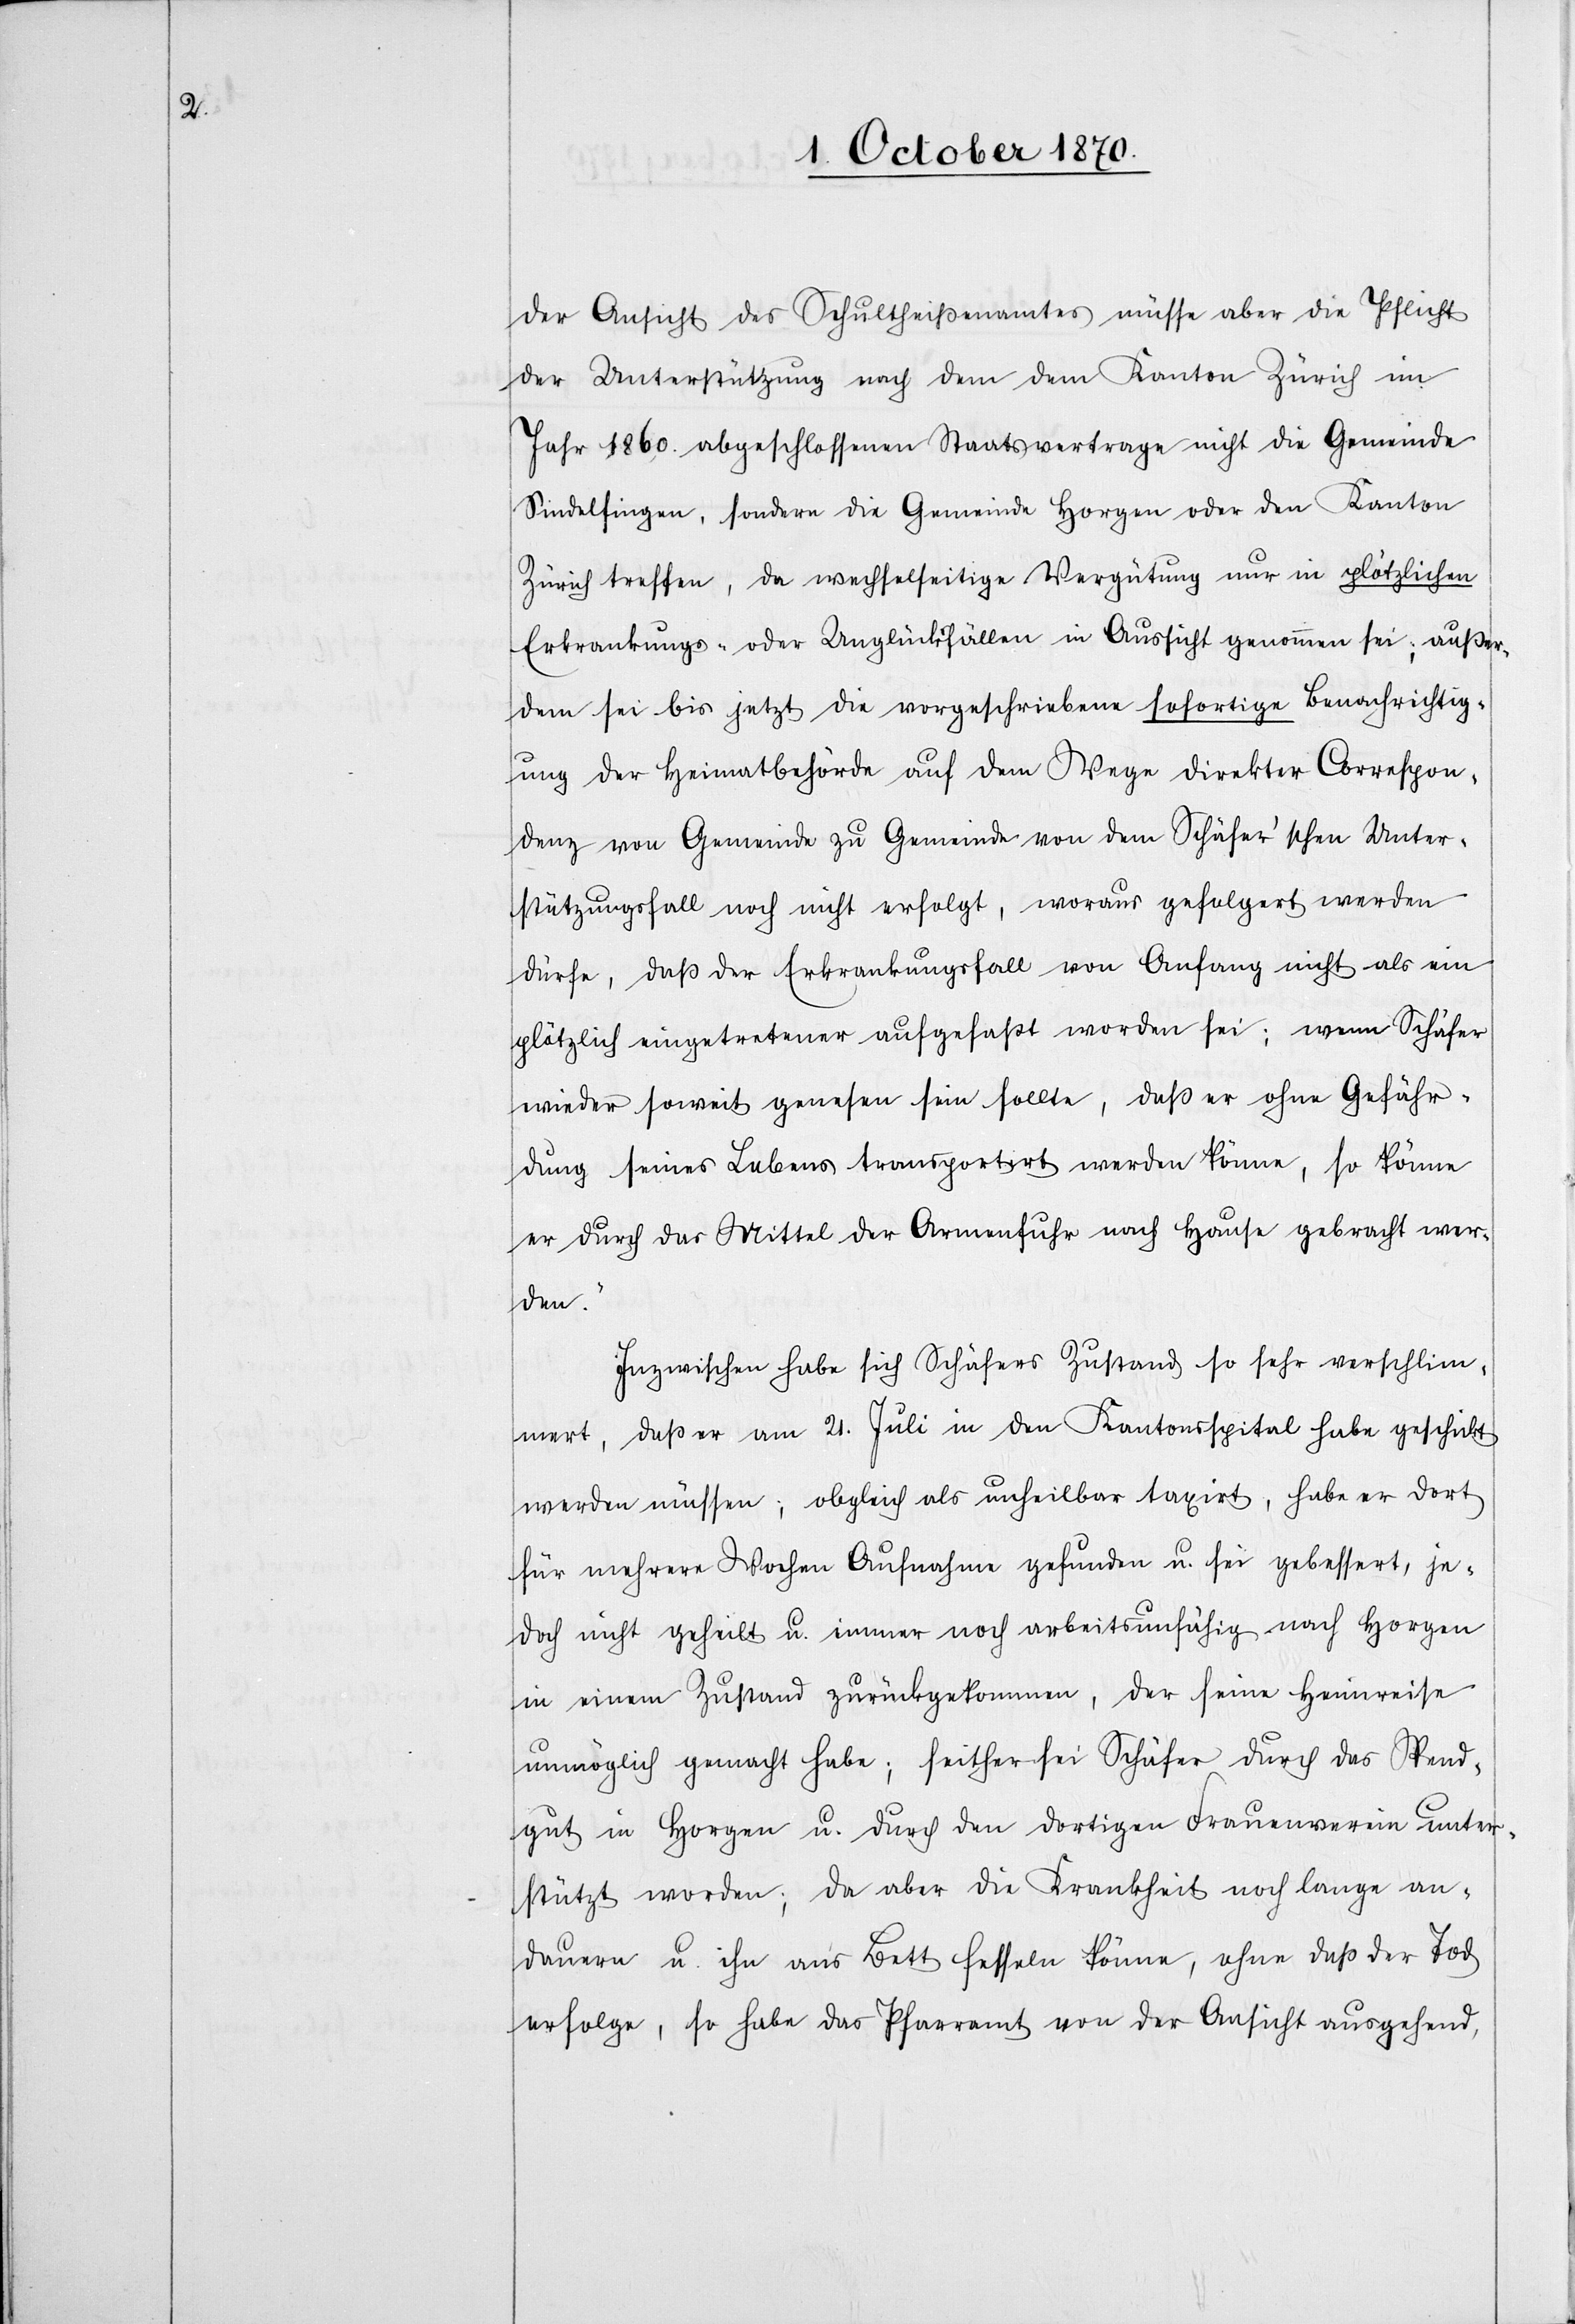
der Ansicht des Schultheißenamtes müsse aber die Pflicht
der Unterstützung nach dem dem Kanton Zürich im
Jahr 1860 abgeschlossenen Staatsvertrage nicht die Gemeinde
Sindelfingen, sondern die Gemeinde Horgen oder den Kanton
Zürich treffen, da wechselseitige Vergütung nur in plötzlichen
Erkrankungs- oder Unglücksfällen in Aussicht genommen sei; außer¬
dem sei bis jetzt die vorgeschriebene sofortige Benachrichtig¬
ung der Heimatbehörde auf dem Wege direkter Correspon¬
denz von Gemeinde zu Gemeinde von dem Schäfer’schen Unter¬
stützungsfall noch nicht erfolgt, woraus gefolgert werden
dürfe, daß der Erkrankungsfall von Anfang nicht als ein
plötzlich eingetretener aufgefaßt worden sei; wenn Schäfer
wieder soweit genesen sein sollte, daß er ohne Gefähr¬
dung seines Lebens transportirt werden könne, so könne
er durch das Mittel der Armenfuhr nach Hause gebracht wer¬
den.“
Inzwischen habe sich Schäfers Zustand so sehr verschlim¬
mert, daß er am 21. Juli in den Kantonsspital habe geschickt
werden müssen, obgleich als unheilbar taxirt, habe er dort
für mehrere Wochen Aufnahme gefunden u. sei gebessert, je¬
doch nicht geheilt u. immer noch arbeitsunfähig nach Horgen
in einem Zustand zurückgekommen, der seine Heimreise
unmöglich gemacht habe; seither sei Schäfer durch das Spend¬
gut in Horgen u. durch den dortigen Frauenverein unter¬
stützt worden; da aber die Krankheit noch lange an¬
dauere u. ihn ans Bett fesseln könne, ohne daß der Tod
erfolge, so habe das Pfarramt von der Ansicht ausgehend,